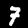
Digit: 7